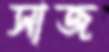
সাজ